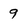
Character: 9